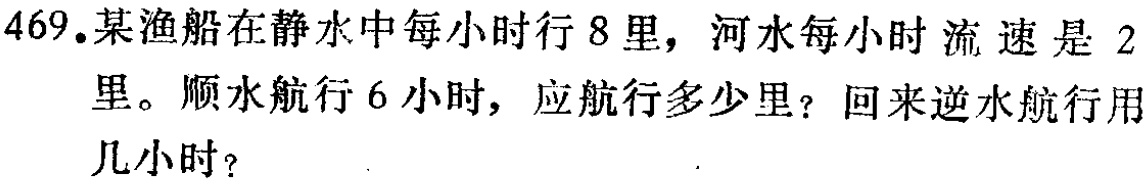
469.某渔船在静水中每小时行8里，河水每小时流速是2里。顺水航行6小时，应航行多少里？回来逆水航行用几小时？